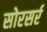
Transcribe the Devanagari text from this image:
सोरसर्र